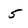
Character: 5